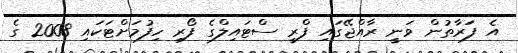
އެ ފަރާތުން ވަނީ ރާއްޖޭގައި ފްރީ ސްޓައިލްގެ ފޯރި ހިފުމަށްޓަކައި 2008 ގެ